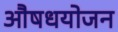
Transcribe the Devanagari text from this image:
औषधयोजन